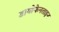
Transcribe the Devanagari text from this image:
डायोफेनताइन